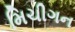
મિચીગન